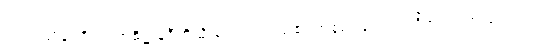
ပါဒကဈာန်ပရိကမ္မအဓိဋ္ဌာန်ဝီထိသို့သက်ဝင်သည်၏ အစွမ်းဖြင့်။ ဣတိအယံ၊ ဤသည်ကား။